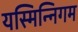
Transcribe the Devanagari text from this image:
यस्मिन्निगम